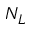
N _ { L }